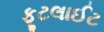
ફૂટલાઈટ